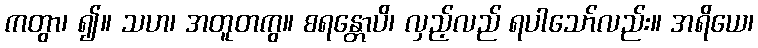
ကတွာ၊ ၍။ သဟ၊ အတူတကွ။ စရန္တောပိ၊ လှည့်လည် ရပါသော်လည်း။ အရိယေ၊